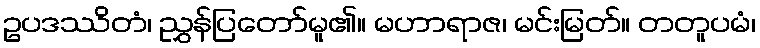
ဥပဒဿိတံ၊ ညွှန်ပြတော်မူ၏။ မဟာရာဇ၊ မင်းမြတ်။ တတူပမံ၊